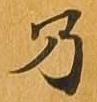
乃